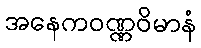
အနေကဝဏ္ဏဝိမာနံ